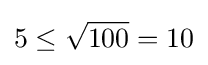
5\leq {\sqrt {100}}=10